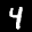
Label: 4